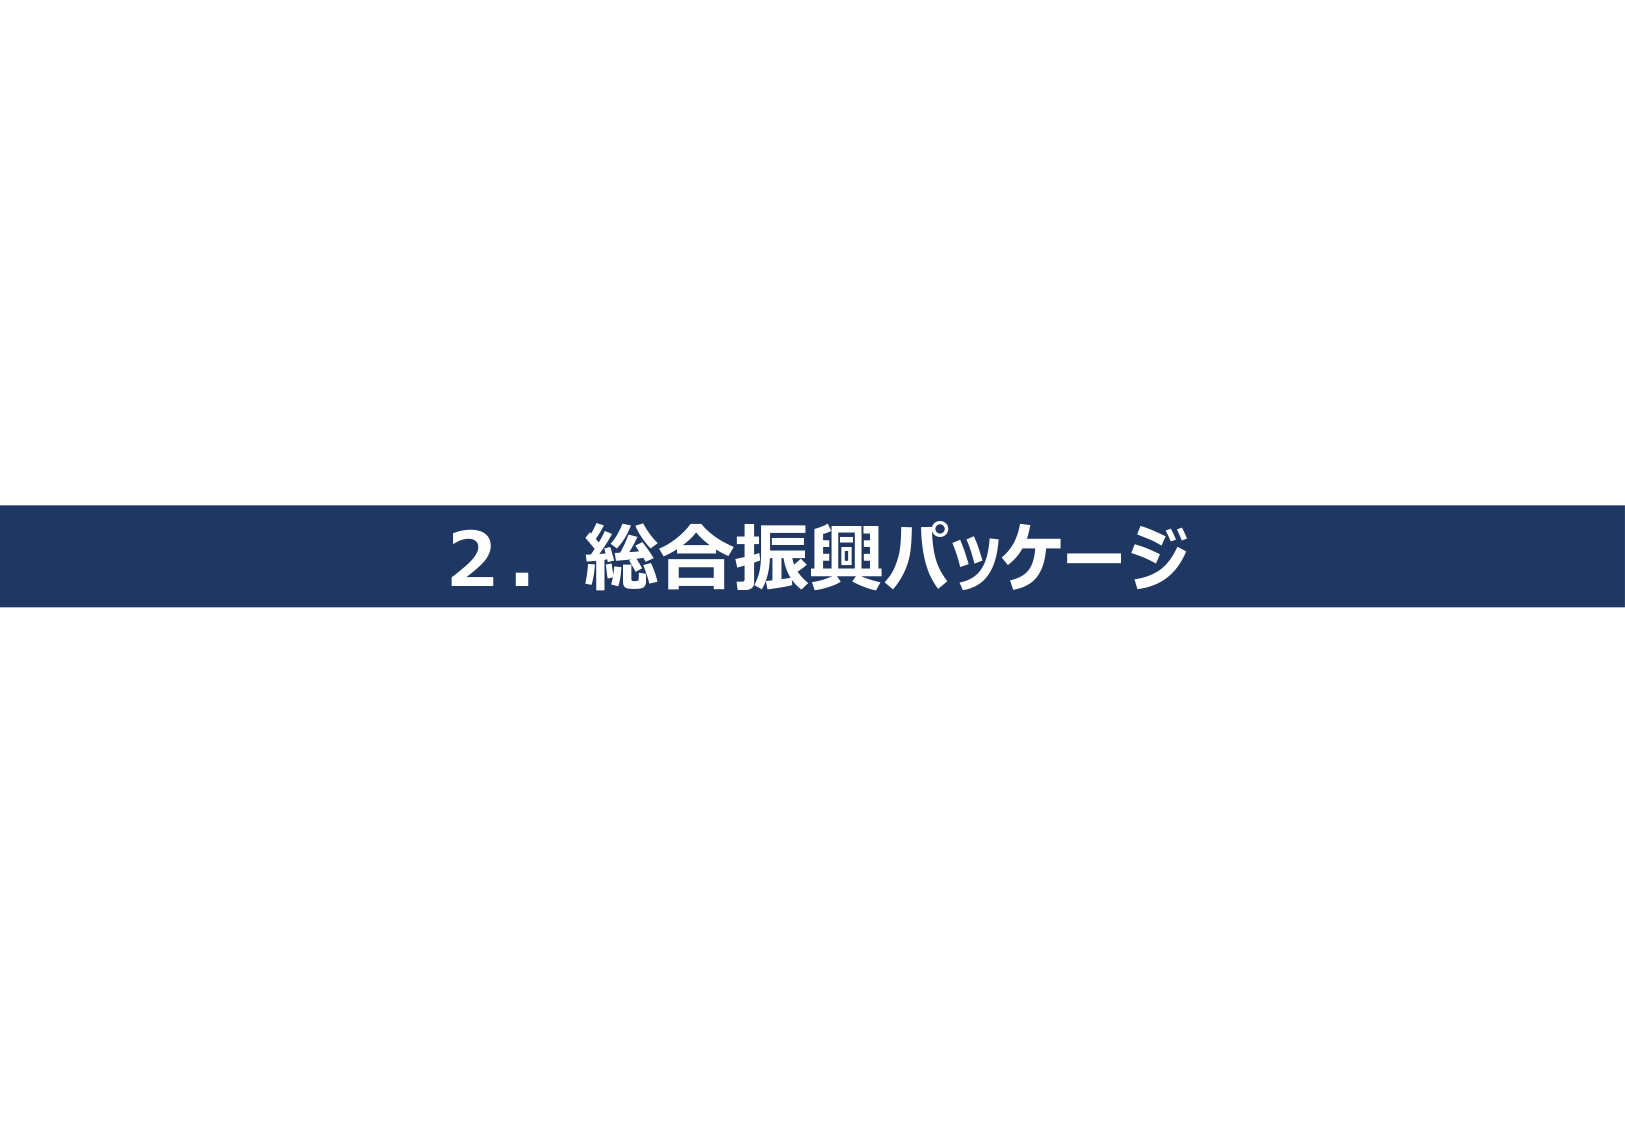
2．総合振興パッケージ